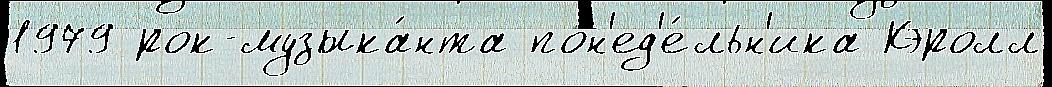
1979 рок-музыка́нта пон'ед'е́льн'ика Кэролл